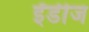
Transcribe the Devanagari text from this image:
ईंडीज